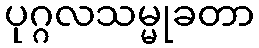
ပုဂ္ဂလသမ္မုခတာ